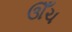
ઊઁચ